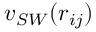
v _ { S W } ( r _ { i j } )